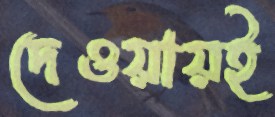
দেওয়ায়ই